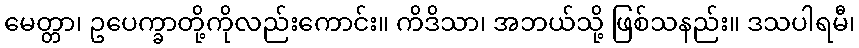
မေတ္တာ၊ ဥပေက္ခာတို့ကိုလည်းကောင်း။ ကိဒိသာ၊ အဘယ်သို့ ဖြစ်သနည်း။ ဒသပါရမီ၊